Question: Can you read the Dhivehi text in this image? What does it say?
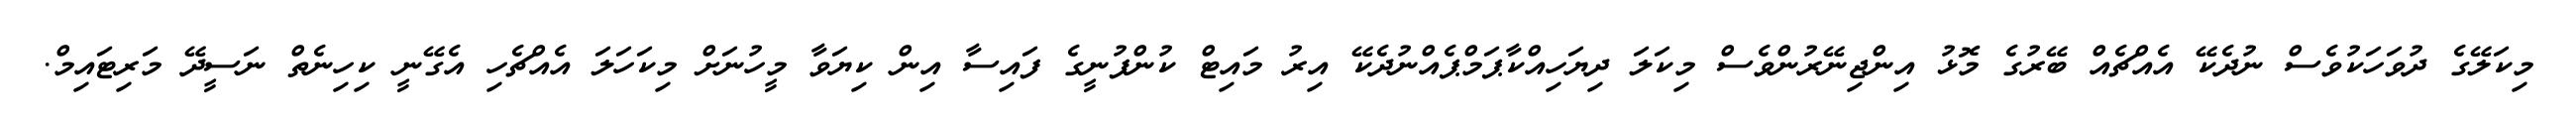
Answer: މިކަލޭގެ ދުވަހަކުވެސް ނުދެކޭ އެއްޗެއް ބޭރުގެ މޮޅު އިންޖިނޭރުންވެސް މިކަލަ ދިޔަހިއްކާޕަމްޕެއްނުދެކޭ އިރު މައިޓް ކުންފުނީގެ ފައިސާ އިން ކިޔަވާ މީހުނަށް މިކަހަލަ އެއްޗެހި އެގޭނީ ކިހިނެތް ނަސީދޭ މަރިޓައިމް.